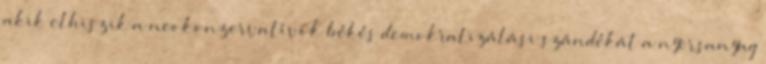
akik elhiszik a neokonzervatívok békés demokratizálási szándékát a nyersanyag